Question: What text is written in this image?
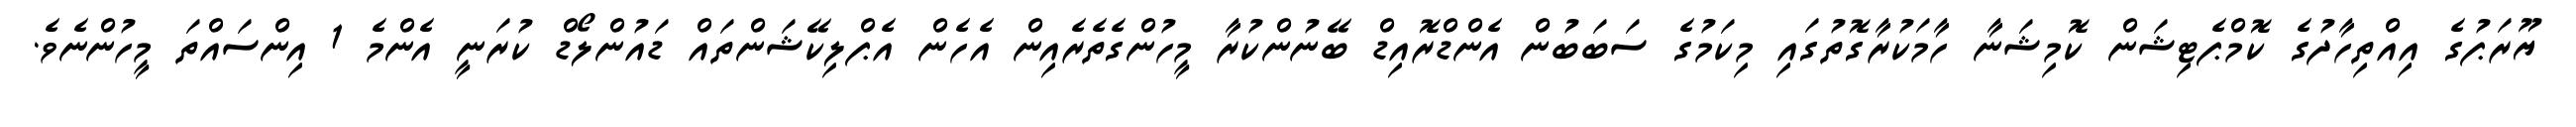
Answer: ޔޫރަޕުގެ އިއްތިހާދުގެ ކޮމްޕެޓިޝަން ކޮމިޝަނާ ހާމަކުރާގޮތުގައި މިކަމުގެ ސަބަބުން އެންޑްރޮއިޑް ބޭނުންކުރާ މީހުންގެތެރެއިން އެހެން އެޕްލިކޭޝަންތައް ޑައުންލޯޑް ކުރަނީ އެންމެ 1 އިންސައްތަ މީހުންނެވެ.